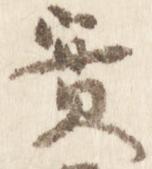
実